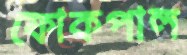
ফোকপাল